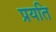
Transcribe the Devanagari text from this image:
प्रयति